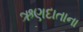
ઋણદાતાના